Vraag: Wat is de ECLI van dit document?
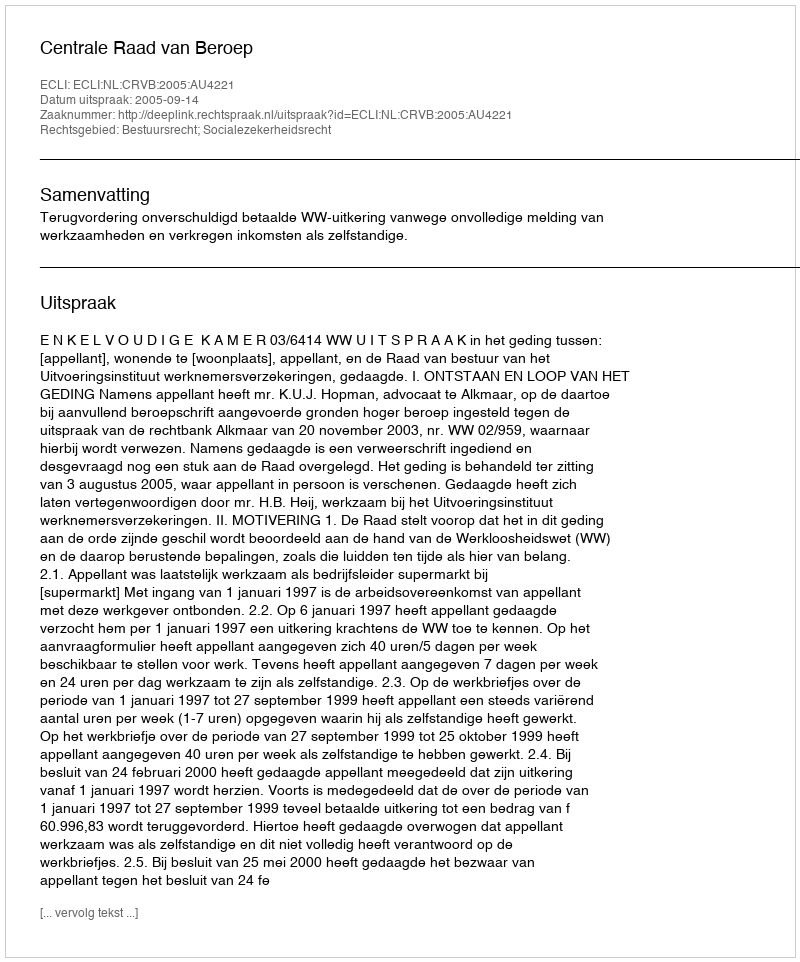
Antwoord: ECLI:NL:CRVB:2005:AU4221